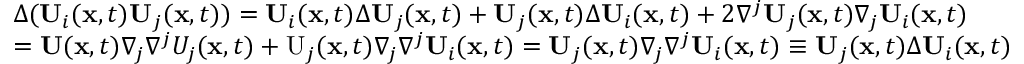
\begin{array} { r l } & { \Delta ( \mathbf { U } _ { i } ( \mathbf { x } , t ) \mathbf { U } _ { j } ( \mathbf { x } , t ) ) = \mathbf { U } _ { i } ( \mathbf { x } , t ) \Delta \mathbf { U } _ { j } ( \mathbf { x } , t ) + \mathbf { U } _ { j } ( \mathbf { x } , t ) \Delta \mathbf { U } _ { i } ( \mathbf { x } , t ) + 2 \nabla ^ { j } \mathbf { U } _ { j } ( \mathbf { x } , t ) \nabla _ { j } \mathbf { U } _ { i } ( \mathbf { x } , t ) } \\ & { = \mathbf { U } ( \mathbf { x } , t ) \nabla _ { j } \nabla ^ { j } U _ { j } ( \mathbf { x } , t ) + \mathrm { U } _ { j } ( \mathbf { x } , t ) \nabla _ { j } \nabla ^ { j } \mathbf { U } _ { i } ( \mathbf { x } , t ) = \mathbf { U } _ { j } ( \mathbf { x } , t ) \nabla _ { j } \nabla ^ { j } \mathbf { U } _ { i } ( \mathbf { x } , t ) \equiv \mathbf { U } _ { j } ( \mathbf { x } , t ) \Delta \mathbf { U } _ { i } ( \mathbf { x } , t ) } \end{array}